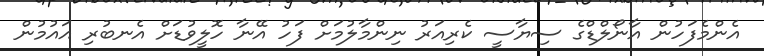
އެންމެފަހުން އާނޯލްޑްގެ ސިޔާސީ ކެރިއަރު ނިންމާލުމަށް ފަހު އޭނާ ހޮލީވުޑަށް އެނބުރި އައުމުން